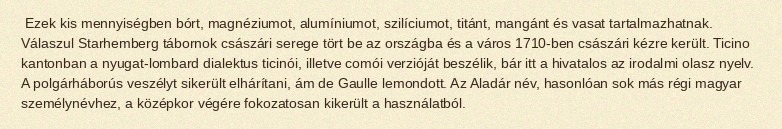
Ezek kis mennyiségben bórt, magnéziumot, alumíniumot, szilíciumot, titánt, mangánt és vasat tartalmazhatnak. Válaszul Starhemberg tábornok császári serege tört be az országba és a város 1710-ben császári kézre került. Ticino kantonban a nyugat-lombard dialektus ticinói, illetve comói verzióját beszélik, bár itt a hivatalos az irodalmi olasz nyelv. A polgárháborús veszélyt sikerült elhárítani, ám de Gaulle lemondott. Az Aladár név, hasonlóan sok más régi magyar személynévhez, a középkor végére fokozatosan kikerült a használatból.